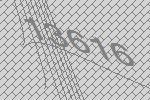
13616